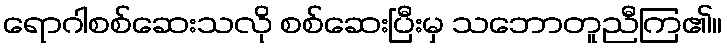
ရောဂါစစ်ဆေးသလို စစ်ဆေးပြီးမှ သဘောတူညီကြ၏။